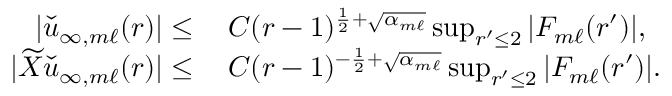
\begin{array} { r l } { | \check { u } _ { \infty , m \ell } ( r ) | \leq } & { \: C ( r - 1 ) ^ { \frac { 1 } { 2 } + \sqrt { \alpha _ { m \ell } } } \operatorname* { s u p } _ { r ^ { \prime } \leq 2 } | F _ { m \ell } ( r ^ { \prime } ) | , } \\ { | \widetilde { X } \check { u } _ { \infty , m \ell } ( r ) | \leq } & { \: C ( r - 1 ) ^ { - \frac { 1 } { 2 } + \sqrt { \alpha _ { m \ell } } } \operatorname* { s u p } _ { r ^ { \prime } \leq 2 } | F _ { m \ell } ( r ^ { \prime } ) | . } \end{array}